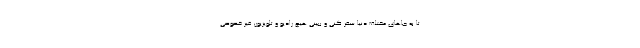
تا به جاهای مختلف دنیا سفر کنی و ببینی هیچ رادیو و تلویزیون غیر خصوصی